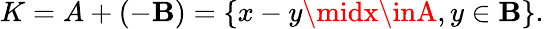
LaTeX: K=A+(-\mathbf{B})=\{ x-y\midx\inA,y\in\mathbf{B}\} .